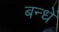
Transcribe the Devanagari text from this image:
बन्धें